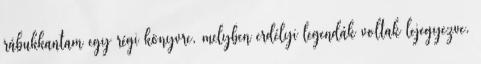
rábukkantam egy régi könyvre, melyben erdélyi legendák voltak lejegyezve.